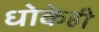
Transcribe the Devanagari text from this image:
धोकेही